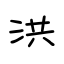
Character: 洪